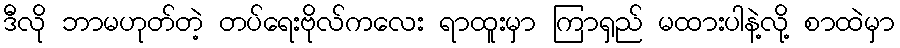
ဒီလို ဘာမဟုတ်တဲ့ တပ်ရေးဗိုလ်ကလေး ရာထူးမှာ ကြာရှည် မထားပါနဲ့လို့ စာထဲမှာ